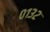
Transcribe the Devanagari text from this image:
०१३२